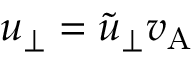
u _ { \perp } = \widetilde { u } _ { \perp } v _ { \mathrm { A } }